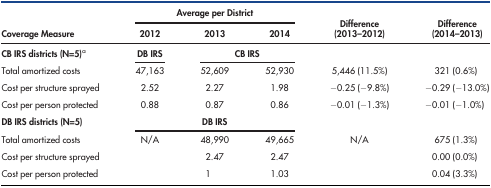
<table><thead><tr><td rowspan="2"><b>Coverage Measure</b></td><td colspan="3"><b>Average per District</b></td><td rowspan="2"><b>Difference (2013–2012)</b></td><td rowspan="2"><b>Difference (2014–2013)</b></td></tr><tr><td><b>2012</b></td><td><b>2013</b></td><td><b>2014</b></td></tr></thead><tbody><tr><td><b>CB IRS districts (N=5)</b><sup>a</sup></td><td><b>DB IRS</b></td><td colspan="2"><b>CB IRS</b></td><td></td><td></td></tr><tr><td>Total amortized costs</td><td>47,163</td><td>52,609</td><td>52,930</td><td>5,446 (11.5%)</td><td>321 (0.6%)</td></tr><tr><td>Cost per structure sprayed</td><td>2.52</td><td>2.27</td><td>1.98</td><td>−0.25 (−9.8%)</td><td>−0.29 (−13.0%)</td></tr><tr><td>Cost per person protected</td><td>0.88</td><td>0.87</td><td>0.86</td><td>−0.01 (−1.3%)</td><td>−0.01 (−1.0%)</td></tr><tr><td><b>DB IRS districts (N=5)</b></td><td colspan="3"><b>DB IRS</b></td><td></td><td></td></tr><tr><td>Total amortized costs</td><td>N/A</td><td>48,990</td><td>49,665</td><td>N/A</td><td>675 (1.3%)</td></tr><tr><td>Cost per structure sprayed</td><td></td><td>2.47</td><td>2.47</td><td></td><td>0.00 (0.0%)</td></tr><tr><td>Cost per person protected</td><td></td><td>1</td><td>1.03</td><td></td><td>0.04 (3.3%)</td></tr></tbody></table>